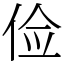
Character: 俭